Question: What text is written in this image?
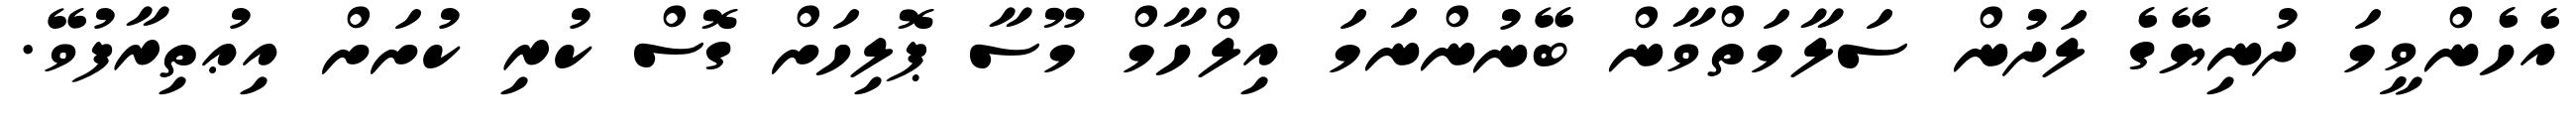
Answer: އެހެންވީމަ ދުނިޔޭގެ ލަދުން ސަލާމަތްވާން ބޭނުންނަމަ އިލްހާމް މޫސާ ޕޮލިހަށް ގޮސް ކުރި ކުށަށް އިޢުތިރާފުވޭ.